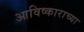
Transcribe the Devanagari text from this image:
आविष्काराच्या